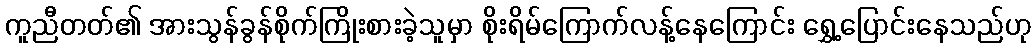
ကူညီတတ်၏ အားသွန်ခွန်စိုက်ကြိုးစားခဲ့သူမှာ စိုးရိမ်ကြောက်လန့်နေကြောင်း ရွှေ့ပြောင်းနေသည်ဟု